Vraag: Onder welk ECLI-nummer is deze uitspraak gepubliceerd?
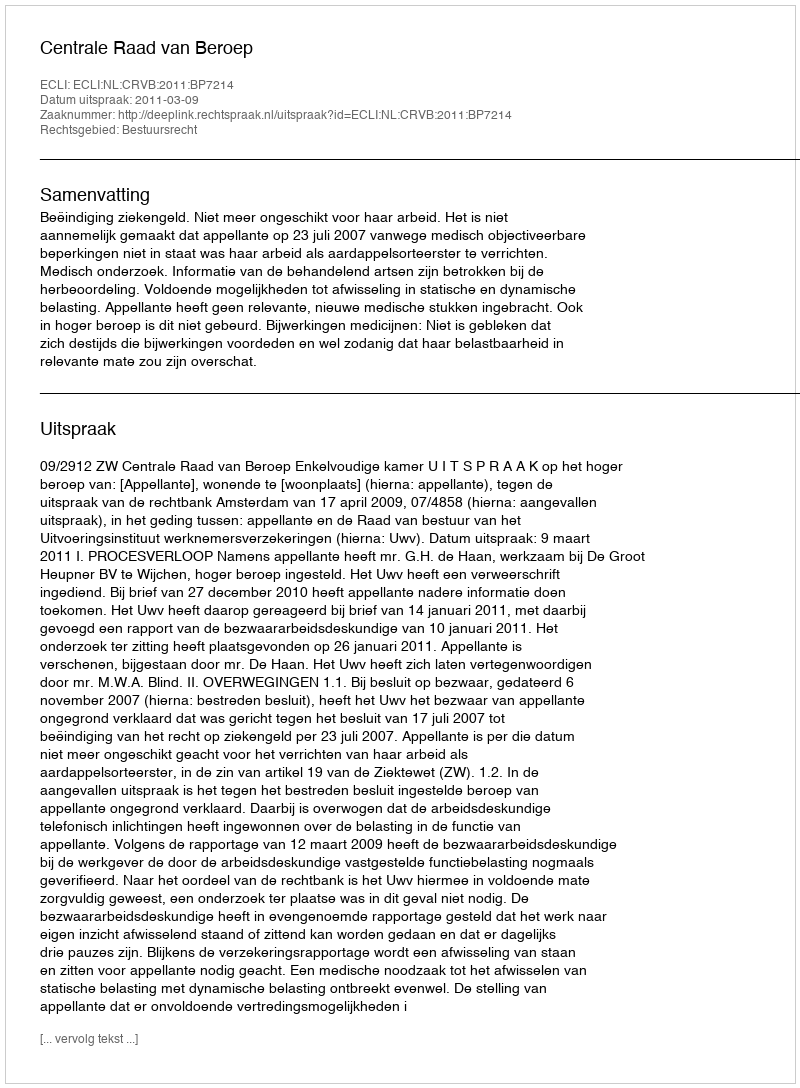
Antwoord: ECLI:NL:CRVB:2011:BP7214